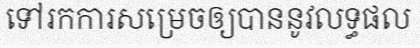
ទៅរកការសម្រេចឲ្យបាននូវលទ្ធផល